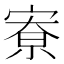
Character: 𪧛